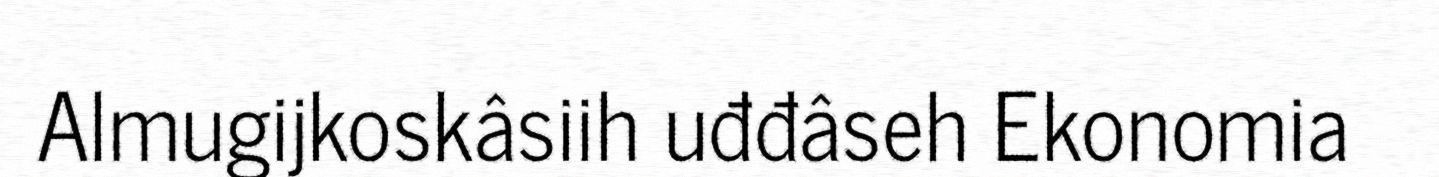
Almugijkoskâsiih uđđâseh Ekonomia